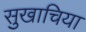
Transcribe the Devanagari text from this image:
सुखाचिया